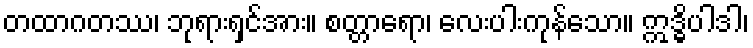
တထာဂတဿ၊ ဘုရားရှင်အား။ စတ္တာရော၊ လေးပါးကုန်သော။ ဣဒ္ဓိပါဒါ၊